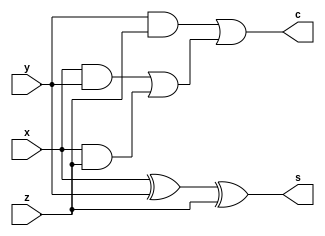
`timescale 1ns / 1ps

module full_adder(
    input x, y, z,
    output c, s
    );
    
    wire net1, net2, net3, net4, net5, net6;
    // s = x'y'z + x'yz' + xy'z' + xyz = z xor (x xor y)
    //assign s = (~x & ~y & z) | (~x & y & ~z) | (x & ~y & ~z) | (x & y & z);
    xor u0(net1, x, y);
    xor u1(s, net1, z);
    
    // c = xy + xz + yz
    //assign c = (x & y) | (x & z) | (y & z);
    and u2(net2, x, y);
    and u3(net3, x, z);
    and u4(net4, y, z);
    or  u5(net5, net2, net3);
    or  u6(c, net4, net5);
endmodule